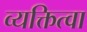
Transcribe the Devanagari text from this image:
व्यक्तित्वा